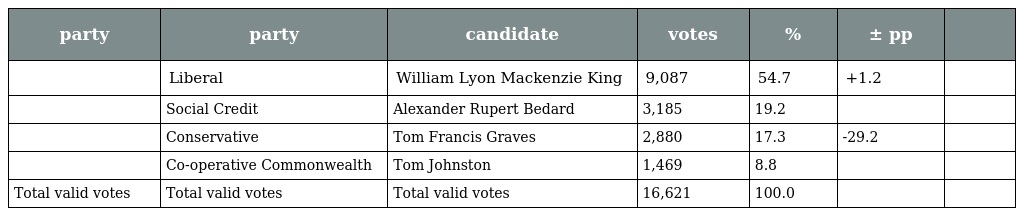
| party | party | candidate | votes | % | ± pp |  |
 | --- | --- | --- | --- | --- | --- | --- |
 |  | Liberal | William Lyon Mackenzie King | 9,087 | 54.7 | +1.2 |  |
 |  | Social Credit | Alexander Rupert Bedard | 3,185 | 19.2 |  |  |
 |  | Conservative | Tom Francis Graves | 2,880 | 17.3 | -29.2 |  |
 |  | Co-operative Commonwealth | Tom Johnston | 1,469 | 8.8 |  |  |
 | Total valid votes | Total valid votes | Total valid votes | 16,621 | 100.0 |  |  |